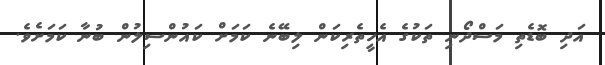
އަދި ބޮޑެތި މަސްދޯނި ތަކުގެ އެހީތެރިކަން ލިބޭނެ ކަމަށް ކައުންސިލުން ބުނާ ކަމަށެވެ.